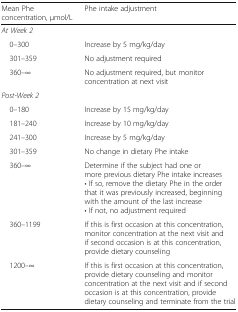
<table><thead><tr><td><b>Mean Phe concentration, μmol/L</b></td><td><b>Phe intake adjustment</b></td></tr></thead><tbody><tr><td colspan="2"><i>At Week 2</i></td></tr><tr><td> 0–300</td><td>Increase by 5 mg/kg/day</td></tr><tr><td> 301–359</td><td>No adjustment required</td></tr><tr><td> 360–∞</td><td>No adjustment required, but monitor concentration at next visit</td></tr><tr><td colspan="2"><i>Post-Week 2</i></td></tr><tr><td> 0–180</td><td>Increase by 15 mg/kg/day</td></tr><tr><td> 181–240</td><td>Increase by 10 mg/kg/day</td></tr><tr><td> 241–300</td><td>Increase by 5 mg/kg/day</td></tr><tr><td> 301–359</td><td>No change in dietary Phe intake</td></tr><tr><td> 360–∞</td><td>Determine if the subject had one or more previous dietary Phe intake increases• If so, remove the dietary Phe in the order that it was previously increased, beginning with the amount of the last increase• If not, no adjustment required</td></tr><tr><td> 360–1199</td><td>If this is first occasion at this concentration, monitor concentration at the next visit and if second occasion is at this concentration, provide dietary counseling</td></tr><tr><td> 1200–∞</td><td>If this is first occasion at this concentration, provide dietary counseling and monitor concentration at the next visit and if second occasion is at this concentration, provide dietary counseling and terminate from the trial</td></tr></tbody></table>